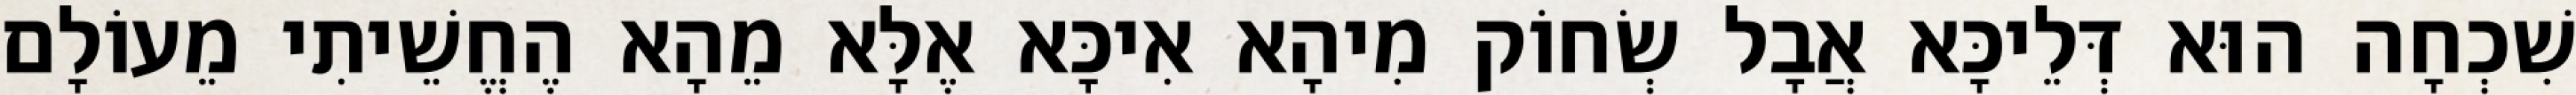
שִׁכְחָה הוּא דְּלֵיכָּא אֲבָל שְׂחוֹק מִיהָא אִיכָּא אֶלָּא מֵהָא הֶחֱשֵׁיתִי מֵעוֹלָם